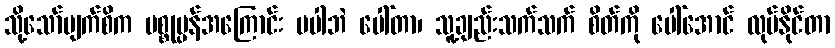
သို့သော်မျက်စိက ပစ္စုပ္ပန်အကြောင်း မပါဘဲ ပေါ်တာ၊ သူ့ချည်းသက်သက် စိတ်ကို ပေါ်အောင် လုပ်နိုင်တာ